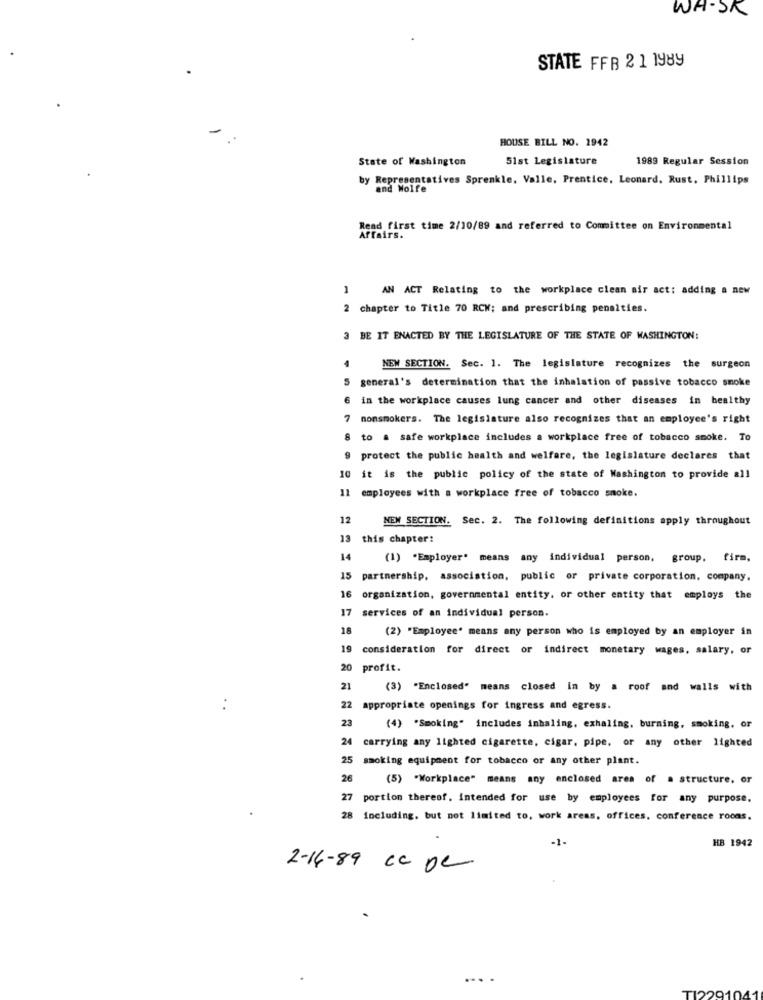
WH-SK
STATE FFB 2 1 1989
HOUSE BILL NO. 1942
State of Washington
51st Legislature
1989 Regular Session
by Representatives Sprenkle. Valle, Prentice, Leonard, Rust. Phillips
and Wolfe
Read first time 2/10/89 and referred to Committee on Environmental
Fairs.
1
AN ACT Relating to the workplace clean air act: adding a new
2 chapter to Title 70 RCW; and prescribing penalties.
3 BE IT ENACTED BY THE LEGISLATURE OF THE STATE OF WASHINGTON:
NEW SECTION. Sec. 1. The legislature recognizes the surgeon
5 general's determination that the inhalation of passive tobacco smoke
6 in the workplace causes lung cancer and other diseases in healthy
7 nonsmokers. The legislature also recognizes that an employee's right
8 to a safe workplace includes a workplace free of tobacco smoke. To
9 protect the public health and welfare, the legislature declares that
10 it is the public policy of the state of Washington to provide all
11 employees with a workplace free of tobacco smoke.
12
NEW SECTION. Sec. 2. The following definitions apply throughout
13 this chapter:
14
(1) "Employer" means any individual person, group. firm,
15
partnership, association, public or private corporation, company,
16
organization, governmental entity, or other entity that employs the
17
services of an individual person.
18
(2) "Employee" means any person who is employed by an employer in
19
consideration for direct or indirect monetary wages. salary, or
20
profit.
21
(3) "Enclosed" means closed in by a roof and walls with
22
appropriate openings for ingress and egress.
23
(4) "Smoking" includes inhaling, exhaling, burning, smoking, or
24
carrying any lighted cigarette, cigar, pipe, or any other lighted
25 smoking equipment for tobacco or any other plant.
26
(5) "Workplace" means any enclosed area of a structure, or
27 portion thereof. intended for use by employees for any purpose,
28 including, but not limited to, work areas, offices, conference rocas.
-1-
HB 1942
2-16-89 cc De
....
229-